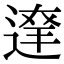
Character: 𨔬